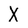
Character: X